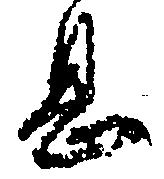
息